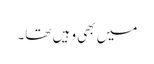
میں بھی وہیں تھا۔